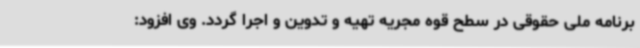
برنامه ملی حقوقی در سطح قوه مجریه تهیه و تدوین و اجرا گردد. وی افزود: